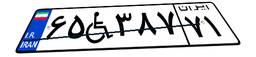
۱۱W۵۰۹۴۴